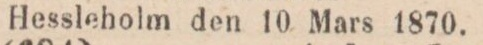
Hessleholm den 10 Mars 1870.